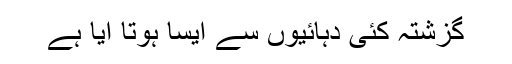
گزشتہ کئی دہائیوں سے ایسا ہوتا آیا ہے